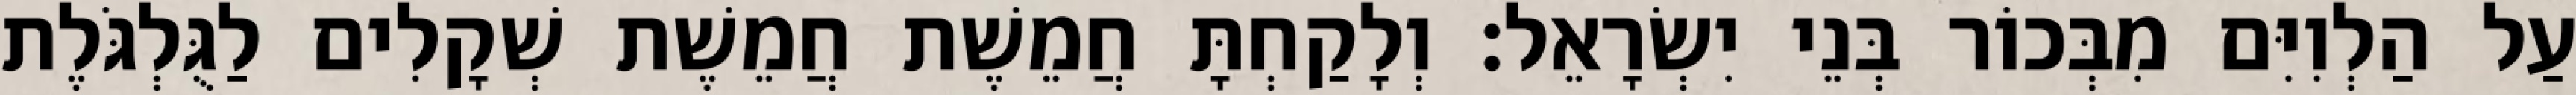
עַל הַלְוִיִּם מִבְּכוֹר בְּנֵי יִשְׂרָאֵל׃ וְלָקַחְתָּ חֲמֵשֶׁת חֲמֵשֶׁת שְׁקָלִים לַגֻּלְגֹּלֶת